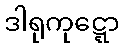
ဒါရုကုဋ္ဋော